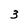
Character: 3